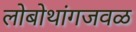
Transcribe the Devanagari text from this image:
लोबोथांगजवळ